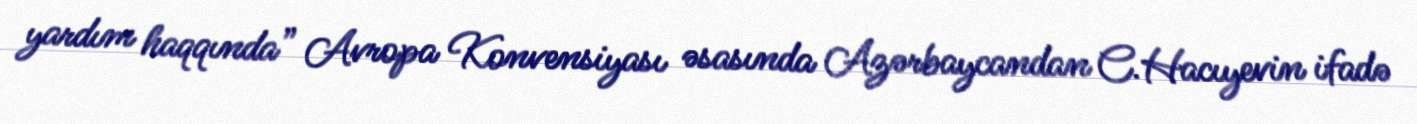
yardım haqqında” Avropa Konvensiyası əsasında Azərbaycandan C.Hacıyevin ifadə